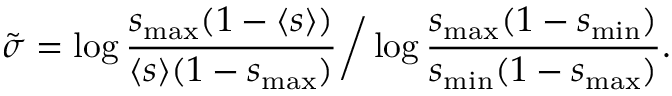
\tilde { \sigma } = \log \frac { s _ { \operatorname* { m a x } } ( 1 - \langle s \rangle ) } { \langle s \rangle ( 1 - s _ { \operatorname* { m a x } } ) } \bigg / \log \frac { s _ { \operatorname* { m a x } } ( 1 - s _ { \operatorname* { m i n } } ) } { s _ { \operatorname* { m i n } } ( 1 - s _ { \operatorname* { m a x } } ) } .